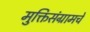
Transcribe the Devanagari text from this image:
मुक्तिसंग्रामचे